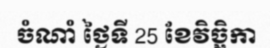
ចំណាំ ថ្ងៃទី 25 ខែវិច្ឆិកា